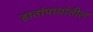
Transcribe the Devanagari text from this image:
हातांपायांतील